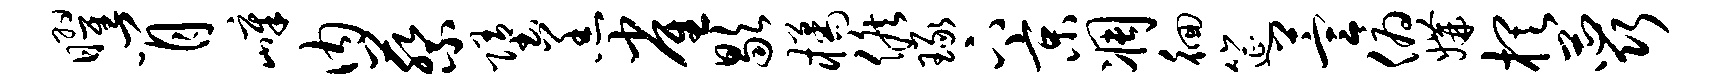
曜肖嶂内蔡堕羔雀歇橘候琢下京凋徊筵萱俯媾棋蕊